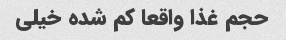
حجم غذا واقعا کم شده خیلی